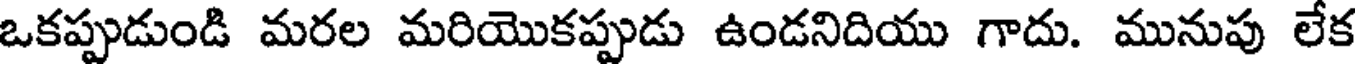
ఒకప్పుడుండి మరల మరియొకప్పుడు ఉండనిదియు గాదు. మునుపు లేక